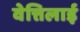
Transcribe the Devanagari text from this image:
वेत्तिलाई